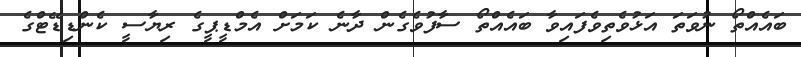
ބައެއްތޯ ނުވަތަ އަޅުވެތިވެފައިވާ ބައެއްތޯ ސާފުވެގެން ދާނެ ކަމަށް އެމްޑީޕީގެ ރިޔާސީ ކެންޑިޑޭޓްގެ